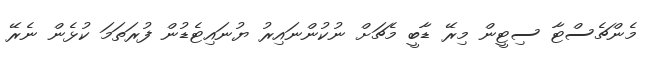
މެންޗެސްޓާ ސިޓީން މިރޭ ޑާބީ މެޗަށް ނުކުންނައިރު ޔުނައިޓެޑުން ފުރަތަމަ ކުޅެން ނެރޭ